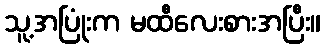
သူ့အပြုံးက မထီလေးစားအပြီး။